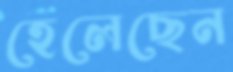
হেলেছেন